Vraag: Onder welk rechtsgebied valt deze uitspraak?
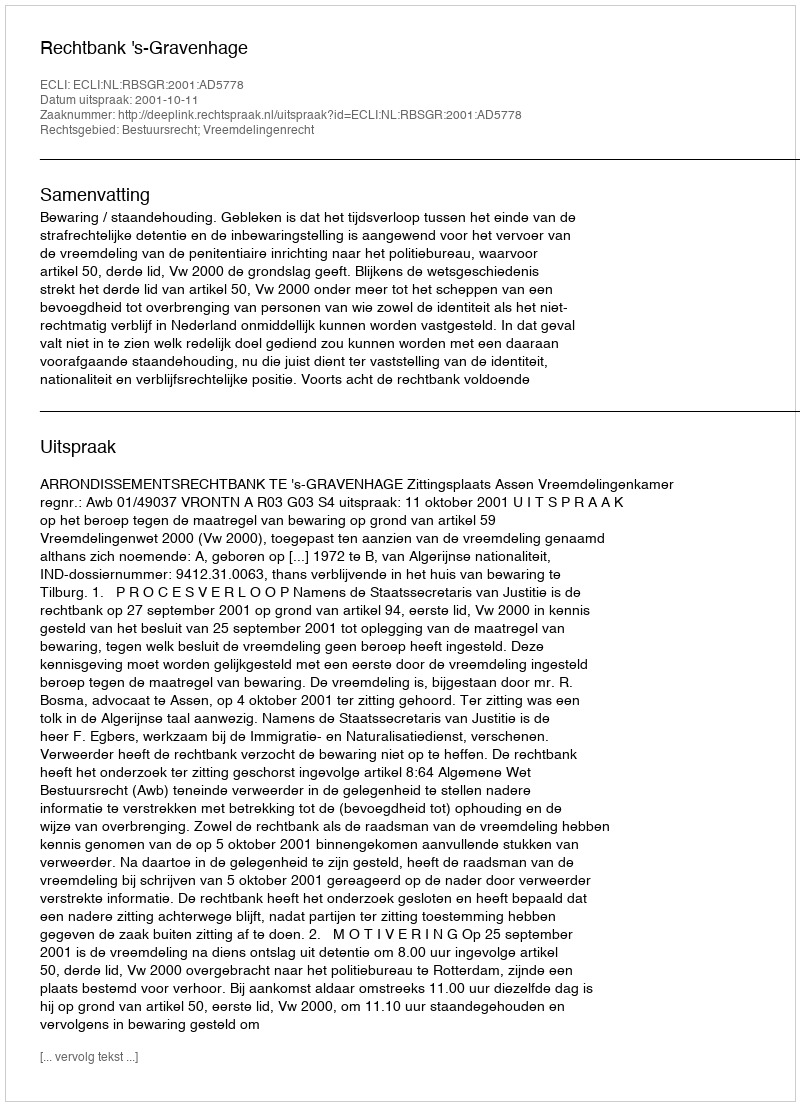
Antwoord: Bestuursrecht; Vreemdelingenrecht